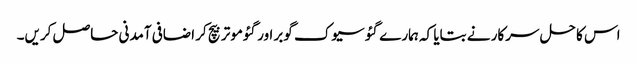
اس کا حل سرکار نے بتایا کہ ہمارے گئو سیوک گوبر اور گئوموتر بیچ کر اضافی آمدنی حاصل کریں۔